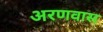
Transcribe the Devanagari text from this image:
अरणवास